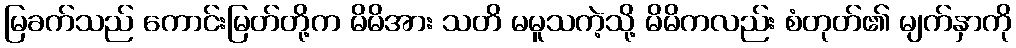
မြခက်သည် ကောင်းမြတ်တို့က မိမိအား သတိ မမူသကဲ့သို့ မိမိကလည်း စံတုတ်၏ မျက်နှာကို